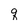
Character: q